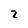
Character: 2